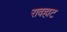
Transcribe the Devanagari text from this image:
रावहाट